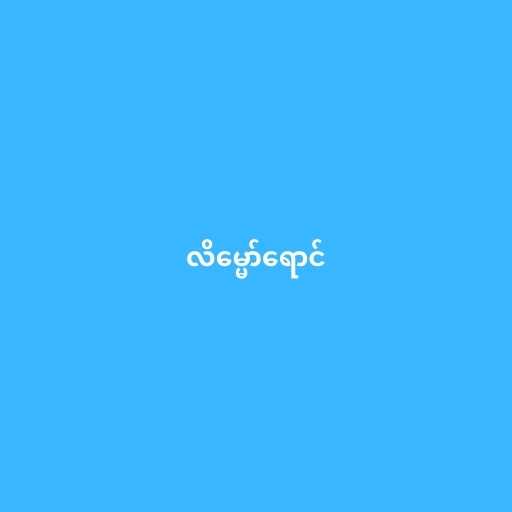
လိမ္မော်ရောင်